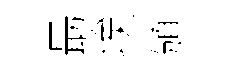
朂埃頒